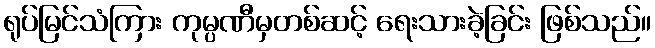
ရုပ်မြင်သံကြား ကုမ္ပဏီမှတစ်ဆင့် ရေးသားခဲ့ခြင်း ဖြစ်သည်။